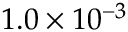
1 . 0 \times 1 0 ^ { - 3 }